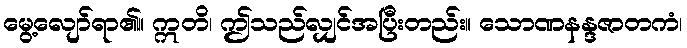
မွေ့လျော်ရာ၏။ ဣတိ၊ ဤသည်လျှင်အပြီးတည်း။ သောဏနန္ဒဇာတကံ၊